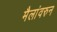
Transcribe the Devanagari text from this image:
मैलांवरुन